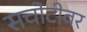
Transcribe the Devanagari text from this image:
सचोटीवर